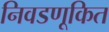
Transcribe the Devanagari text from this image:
निवडणूकित